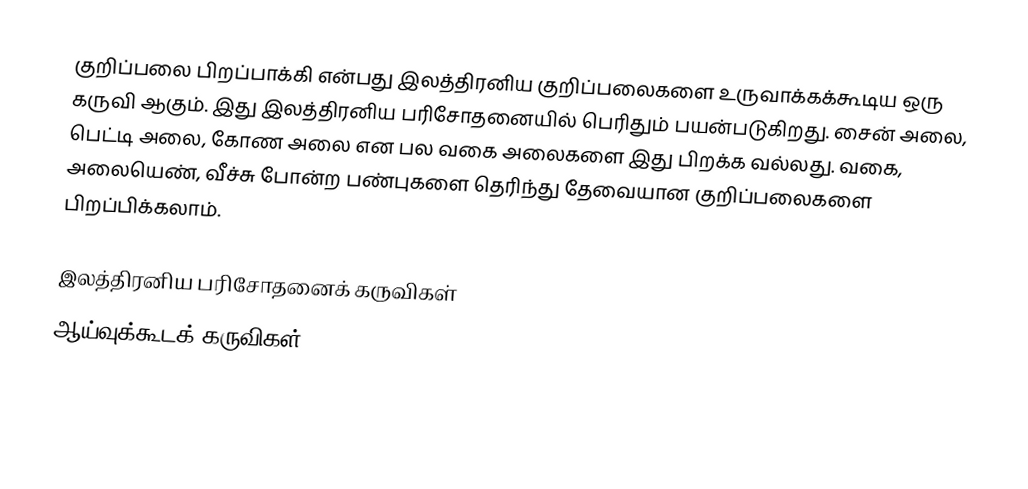
குறிப்பலை பிறப்பாக்கி என்பது இலத்திரனிய குறிப்பலைகளை உருவாக்கக்கூடிய ஒரு கருவி ஆகும்.  இது இலத்திரனிய பரிசோதனையில் பெரிதும் பயன்படுகிறது.   சைன் அலை, பெட்டி அலை, கோண அலை என பல வகை அலைகளை இது பிறக்க வல்லது.  வகை, அலையெண், வீச்சு போன்ற பண்புகளை தெரிந்து தேவையான குறிப்பலைகளை பிறப்பிக்கலாம்.

இலத்திரனிய பரிசோதனைக் கருவிகள்
ஆய்வுக்கூடக் கருவிகள்